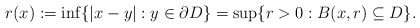
\begin{align*} r(x):=\inf\{|x-y| : y\in \partial D\}=\sup\{r>0 : B(x,r) \subseteq D\}.\end{align*}